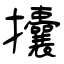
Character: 攮